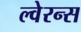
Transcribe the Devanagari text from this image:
ल्वेरन्स